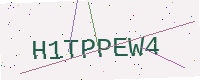
Text: H1TPPEW4